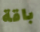
باقة